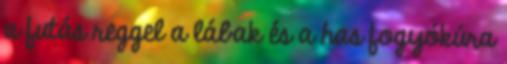
a futás reggel a lábak és a has fogyókúra